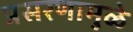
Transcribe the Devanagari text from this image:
प्रसरणामुळे